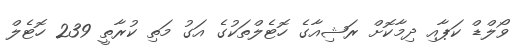
ވޯލްޑް ކަޕާއި ދިމާކޮށް ރަޝިއާގެ ހޮޓެލްތަކުގެ އަގު މަތި ކުރާތީ 239 ހޮޓެލް